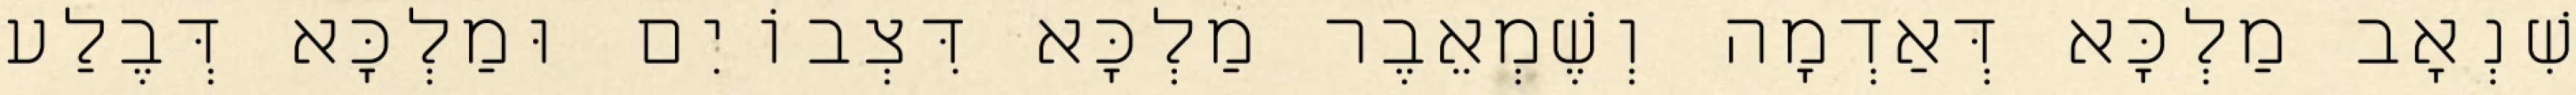
שִׁנְאָב מַלְכָּא דְּאַדְמָה וְשֶׁמְאֵבֶר מַלְכָּא דִּצְבוֹיִם וּמַלְכָּא דְּבֶלַע